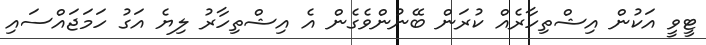
ޓީވީ އަކުން އިޝްތިހާރެއް ކުރަން ބޭނުންވެގެން އެ އިޝްތިހާރު ލިޔެ އަގު ހަމަޖައްސައި